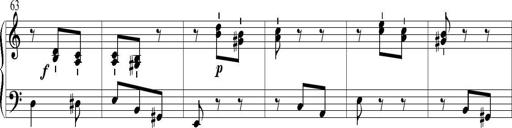
Title: 6 Leichte Sonatinen, Teil 1
Composer: F. Sigismund Sander